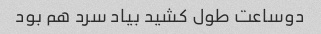
دوساعت طول کشید بیاد سرد هم بود